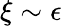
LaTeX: \xi\sim\epsilon